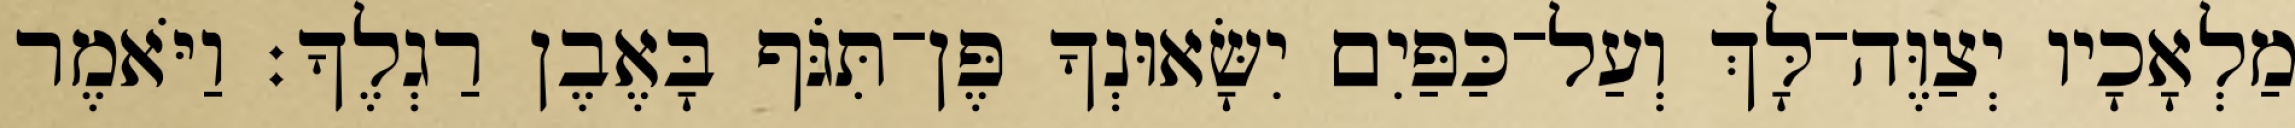
מַלְאָכָיו יְצַוֶּה־לָּךְ וְעַל־כַּפַּיִם יִשָּׂאוּנְךָ פֶּן־תִּגֹּף בָּאֶבֶן רַגְלֶךָ׃ וַיֹּאמֶר